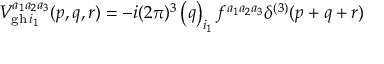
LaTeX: V _ { \mathrm { g h \thinspace } i _ { 1 } } ^ { a _ { 1 } a _ { 2 } a _ { 3 } } ( p , q , r ) = - i ( 2 \pi ) ^ { 3 } \left( q \right) _ { i _ { 1 } } f ^ { a _ { 1 } a _ { 2 } a _ { 3 } } \delta ^ { ( 3 ) } ( p + q + r )